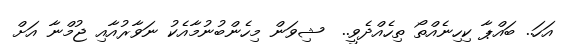
އަހަ.. ބައްޕާ ކިހިނެއްތޯ ތިހެއްދެވީ..  ޝިވަން މިހެންބުނުމާއެކު ނަވާރުއާއި ޖުމްނާ އަށް